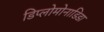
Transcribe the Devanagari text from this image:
डिप्लोमोनाडिडा